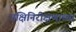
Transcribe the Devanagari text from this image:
पक्षिनिरीक्षणाच्या